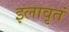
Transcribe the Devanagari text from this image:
इलावृतं